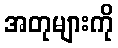
အတုများကို